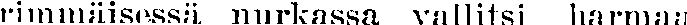
rimmäisessä nurkassa vallitsi harmaa